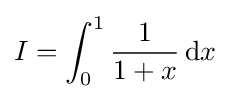
I=\int _{0}^{1}{\frac {1}{1+x}}\,\mathrm {d} x